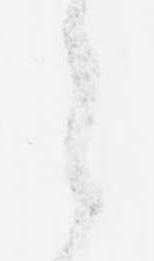
令